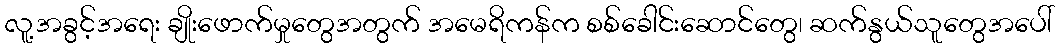
လူ့အခွင့်အရေး ချိုးဖောက်မှုတွေအတွက် အမေရိကန်က စစ်ခေါင်းဆောင်တွေ၊ ဆက်နွယ်သူတွေအပေါ်